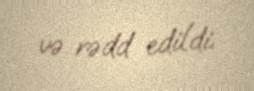
və rədd edildi.